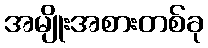
အမျိုးအစားတစ်ခု